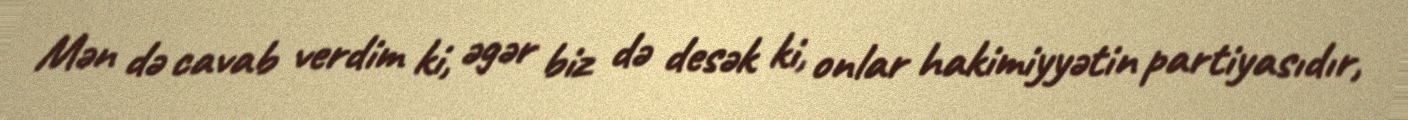
Mən də cavab verdim ki, əgər biz də desək ki, onlar hakimiyyətin partiyasıdır,